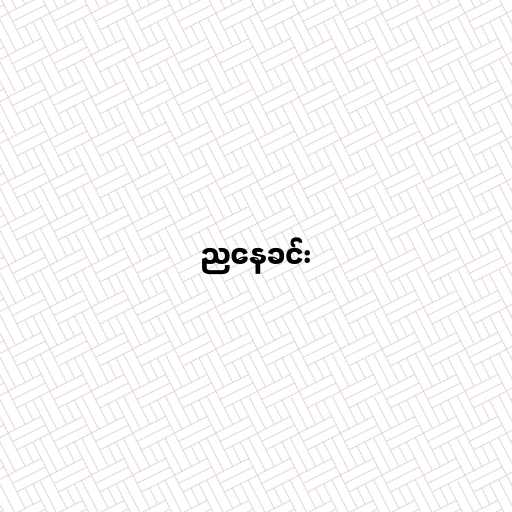
ညနေခင်း